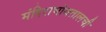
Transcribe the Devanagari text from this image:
मंदिराभोवतालची